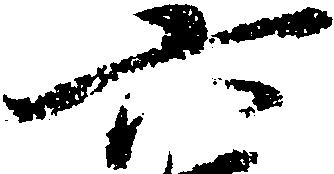
六